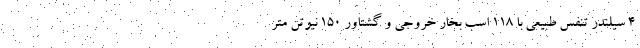
4 سیلندر تنفس طبیعی با 118 اسب بخار خروجی و گشتاور 150 نیوتن متر